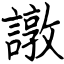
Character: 譈